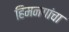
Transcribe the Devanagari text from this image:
हिमनगांचा